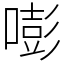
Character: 嘭